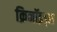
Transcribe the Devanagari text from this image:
क्रिनॉइड्स